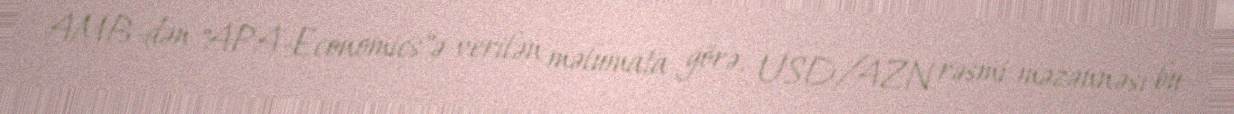
AMB-dən "APA-Economics"ə verilən məlumata görə, USD/AZN rəsmi məzənnəsi bu